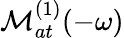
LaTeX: {\cal M}_{at}^{(1)}(-\omega)